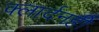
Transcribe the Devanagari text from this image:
क्लार्दनही